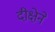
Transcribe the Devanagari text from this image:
दीक्षेने